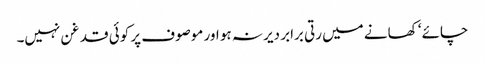
چائے ‘ کھانے میں رتی برابر دیر نہ ہو اور موصوف پر کوئی قدغن نہیں۔